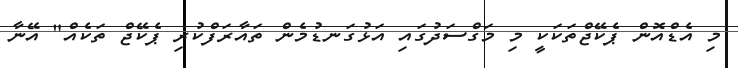
މި އެޑްއޮން ޕެކޭޖްތަކަކީ މި މަގްސަދުގައި އަޅުގަނޑުމެން ތައާރަފްކުރި ޕެކޭޖް ތަކެއް" އޭނާ